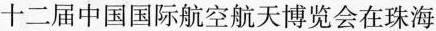
十二届中国国际航空航天博览会在珠海